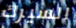
السيرك